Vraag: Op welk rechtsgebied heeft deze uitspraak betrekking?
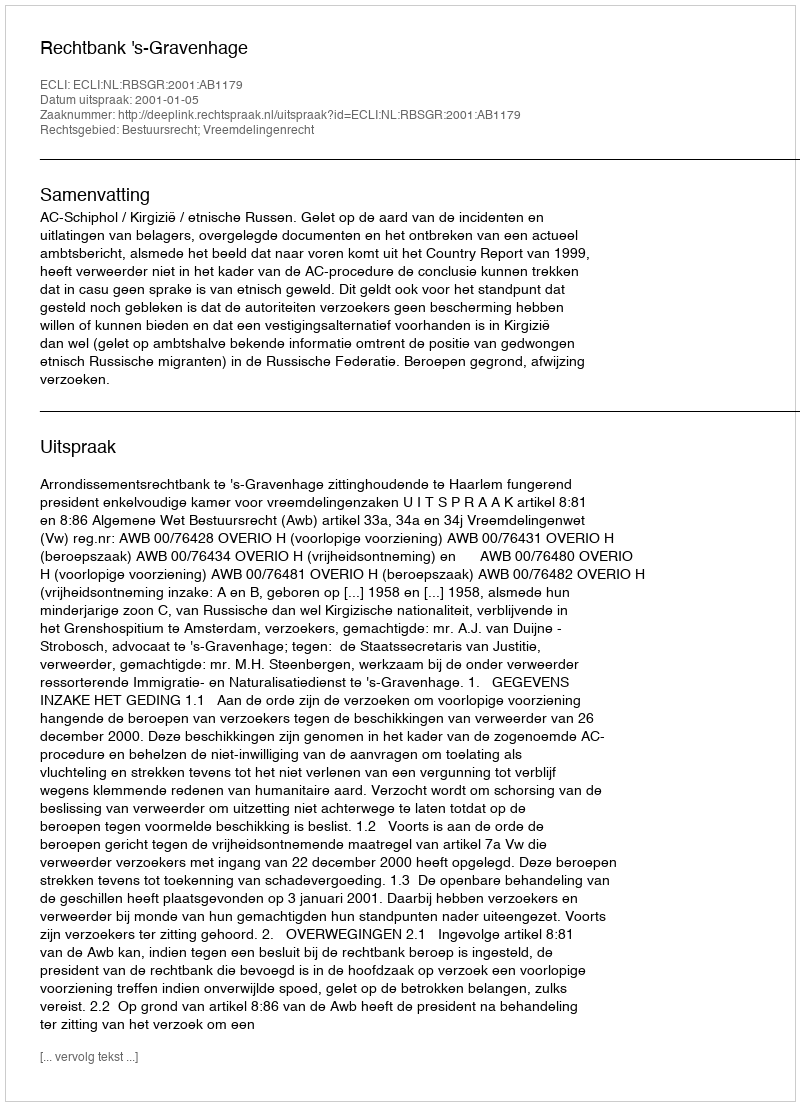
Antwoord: Bestuursrecht; Vreemdelingenrecht